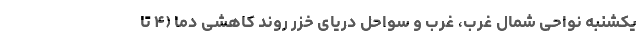
یکشنبه نواحی شمال غرب، غرب و سواحل دریای خزر روند کاهشی دما (۴ تا